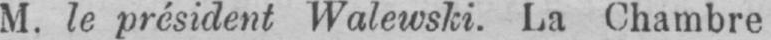
M. le président Walewski. La Chambre